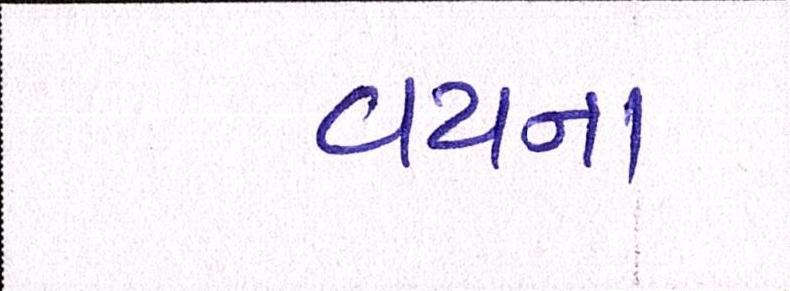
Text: વયના